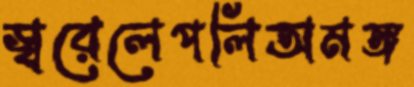
স্বরেলেপলিঅমঙ্গ